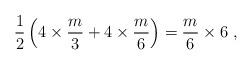
LaTeX: \begin{align*}\frac{1}{2} \left( 4 \times \frac{m}{3} + 4 \times \frac{m}{6} \right)= \frac{m}{6} \times 6 ~,\end{align*}